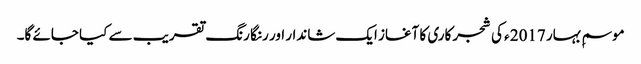
موسمِ بہار 2017 ء کی شجر کاری کا آغاز ایک شاندار اور رنگا رنگ تقریب سے کیا جائے گا۔